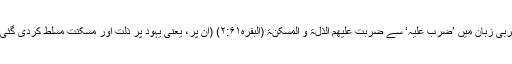
عربی زبان میں ’ضُرِبَ علیہ‘ سے ضُرِبَتْ عَلَیْھِمُ الذِّلَّۃُ وَ الْمَسْکَنَۃُ (البقرہ۲:۶۱) (ان پر، یعنی یہود پر ذلت اور مسکنت مسلط کردی گئی)۔